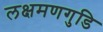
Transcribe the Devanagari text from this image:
लक्षमणगुडि